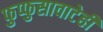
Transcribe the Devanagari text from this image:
फुप्फुसावाटेही